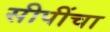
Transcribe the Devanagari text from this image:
सीपींचा